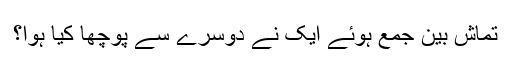
تماش بین جمع ہوئے ایک نے دوسرے سے پوچھا کیا ہوا؟